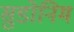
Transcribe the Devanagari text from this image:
सुडोनिम